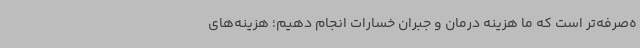
ه‌صرفه‌تر است که ما هزینه درمان و جبران خسارات انجام دهیم؛ هزینه‌های